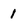
Character: 1